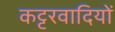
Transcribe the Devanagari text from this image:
कट्टरवादियों